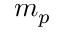
m _ { p }